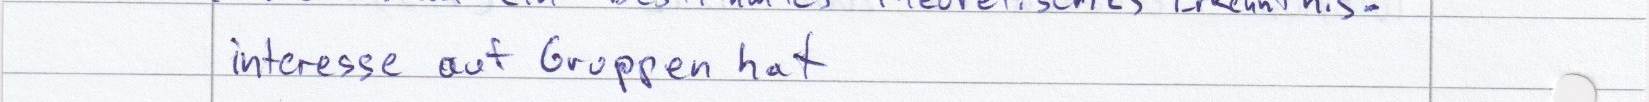
interesse auf Gruppen hat